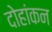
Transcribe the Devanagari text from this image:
दोहांकन